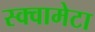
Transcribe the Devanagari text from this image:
स्क्वामेटा